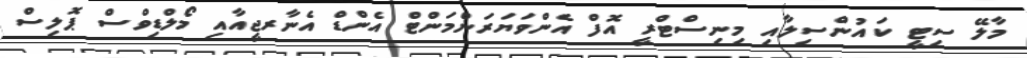
މާލޭ ސިޓީ ކައުންސިލާއި މިނިސްޓްރީ އޮފް އެންވަޔަރަންމަންޓް އެންޑް އެނާރޖީއާއި މޯލްޑިވްސް ޕޮލިސް